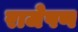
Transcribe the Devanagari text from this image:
राजेपण